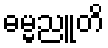
ဓမ္မညူတိ